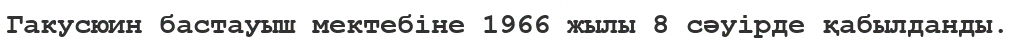
Гакусюин бастауыш мектебіне 1966 жылы 8 сәуірде қабылданды.